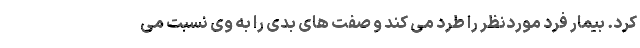
کرد. بیمار فرد موردنظر را طرد می کند و صفت های بدی را به وی نسبت می